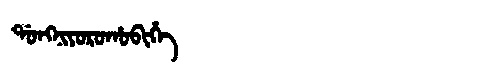
Manchu: ᡩᠣᠩᠨᡳᠶᠣᡵᠣᡥᠣᠪᡳᡥᡝ
Romanization: DONGNIYOROHOBIHE